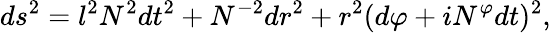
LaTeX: ds^{2}=l^{2}N^{2}dt^{2}+N^{-2}dr^{2}+r^{2}(d\varphi+iN^{\varphi}dt)^{2},